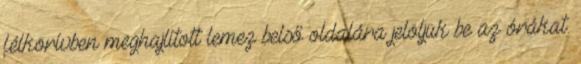
félkörívben meghajlított lemez belső oldalára jelöljük be az órákat.